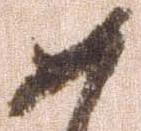
如